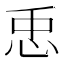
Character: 𢘗